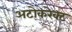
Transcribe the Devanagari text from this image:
अटोकरेक्ट